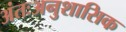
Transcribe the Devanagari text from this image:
अंतःअनुशासिक